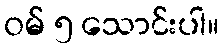
ဝမ် ၅ သောင်းပါ။